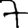
Digit: 7